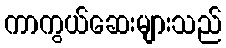
ကာကွယ်ဆေးများသည်